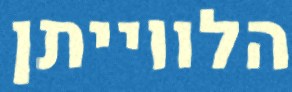
הלווייתן